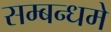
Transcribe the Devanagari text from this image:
सम्बन्धमे